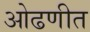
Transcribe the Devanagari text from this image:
ओढणीत